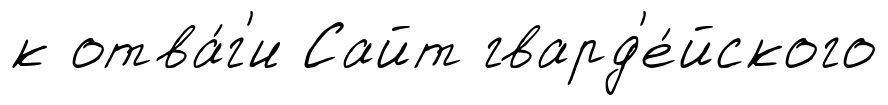
к отва́г'и Сайт гвард'е́йского